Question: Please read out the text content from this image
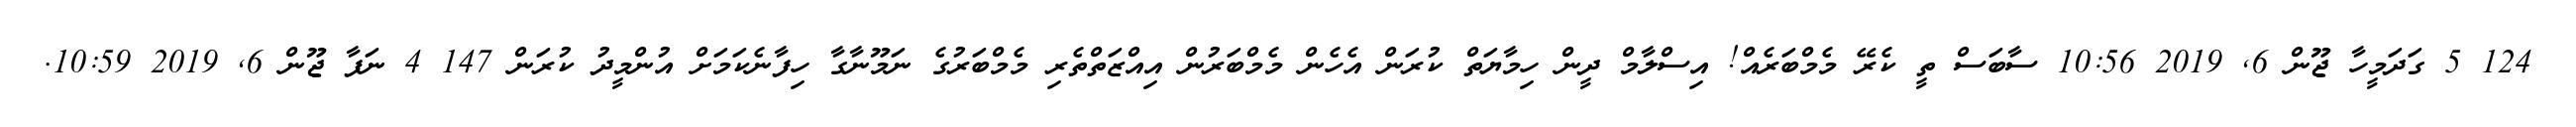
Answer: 124 5 ގަދަމީހާ ޖޫން 6, 2019 10:56 ސާބަސް ތީ ކެރޭ މެމްބަރެއް! އިސްލާމް ދީން ހިމާޔަތް ކުރަން އެހެން މެމްބަރުން އިއްޒަތްތެރި މެމްބަރުގެ ނަމޫނާގާ ހިފާނެކަމަށް އުންމީދު ކުރަން 147 4 ނަފާ ޖޫން 6, 2019 10:59.